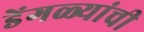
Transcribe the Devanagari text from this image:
डेंगळ्यांची